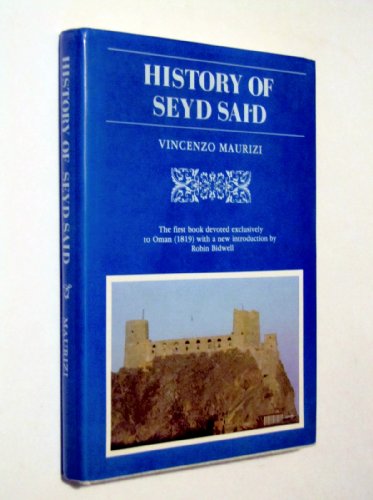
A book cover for History of Seyd Said, Sultan of Muscat: Together with an Account of the Countries and People on the Shores of the Persian Gulf (Arabia past and present); Vincenzo Maurizi; History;